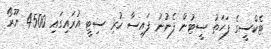
ޓެކްސީގެ ފަހަތު ސީޓުން ފެނުނު ފައިސާ ހުރި ސިޓީ އުރައިގައި 4500 ޔޫރޯ